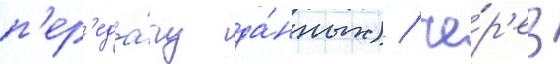
п'ер'еда́чу да́нных) / че́р'ез